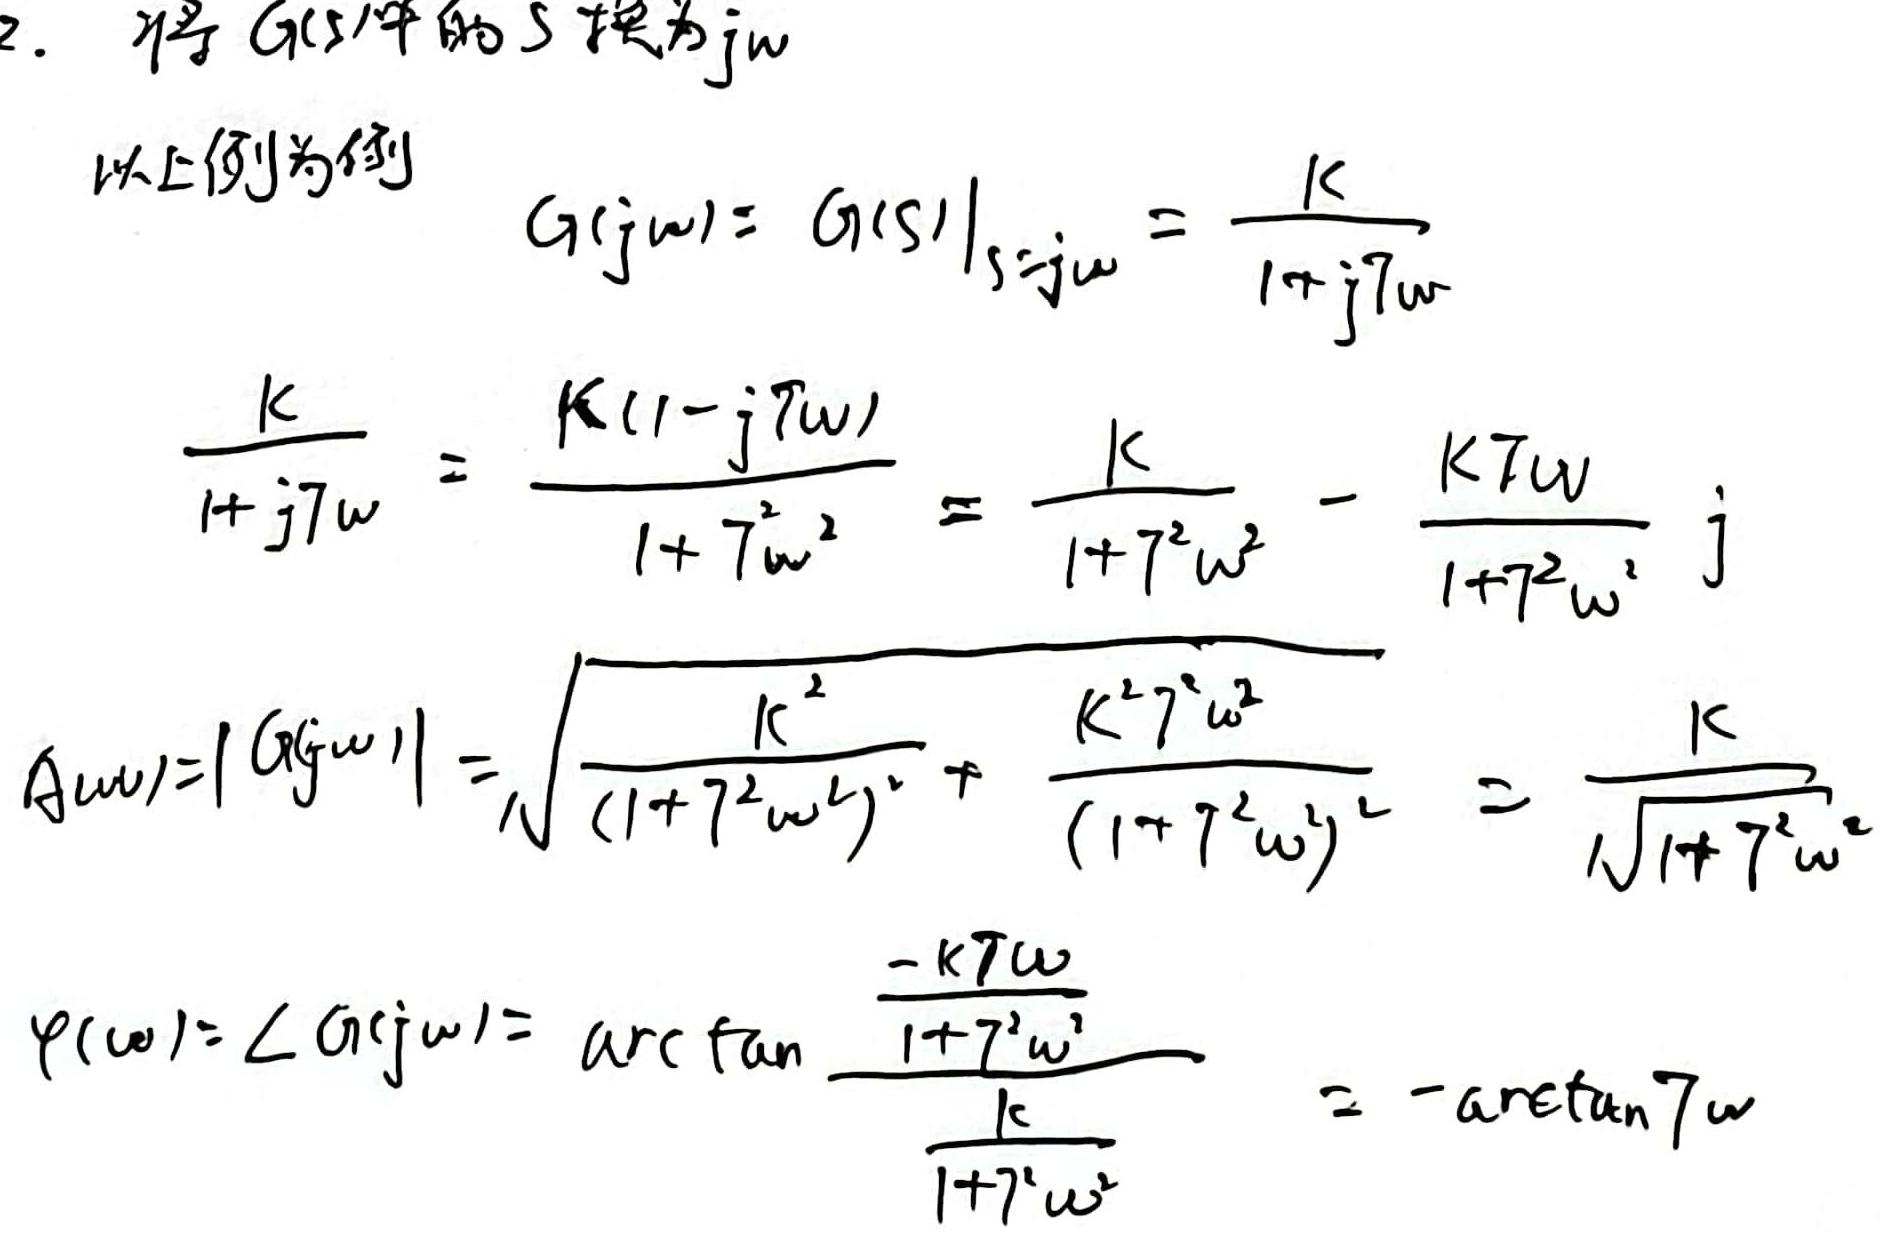
2. 将 $G(s)$ 中的 $s$ 换为 $j\omega$

以上例为例
\[
G(j\omega)=\left.G(s)\right|_{s = j\omega}=\frac{K}{1 + jT\omega}
\]

\[
\frac{K}{1 + jT\omega}=\frac{K(1 - jT\omega)}{1+T^{2}\omega^{2}}=\frac{K}{1 + T^{2}\omega^{2}}-\frac{KT\omega}{1 + T^{2}\omega^{2}}j
\]

\[
A(\omega)=|G(j\omega)|=\sqrt{\frac{K^{2}}{(1 + T^{2}\omega^{2})^{2}}+\frac{K^{2}T^{2}\omega^{2}}{(1 + T^{2}\omega^{2})^{2}}}=\frac{K}{\sqrt{1 + T^{2}\omega^{2}}}
\]

\[
\varphi(\omega)=\angle G(j\omega)=\arctan\frac{-\frac{KT\omega}{1 + T^{2}\omega^{2}}}{\frac{K}{1 + T^{2}\omega^{2}}}=-\arctan T\omega
\]